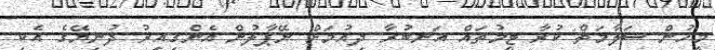
މީހުން ސަލާމަތް ކުރާ ޓީމުތައް އަނބުރާ ދިއުމަށް ނޭޕާލުން އެންގިއިރު ދުނިޔޭގެ އެކި